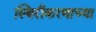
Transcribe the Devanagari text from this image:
स्थिरीकरणाच्या